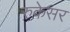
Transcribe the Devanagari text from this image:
रुकेसर